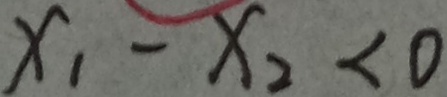
x _ { 1 } - x _ { 2 } < 0